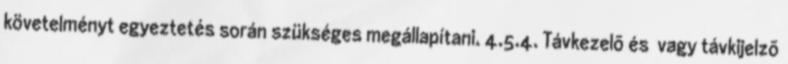
követelményt egyeztetés során szükséges megállapítani. 4.5.4. Távkezelõ és vagy távkijelzõ